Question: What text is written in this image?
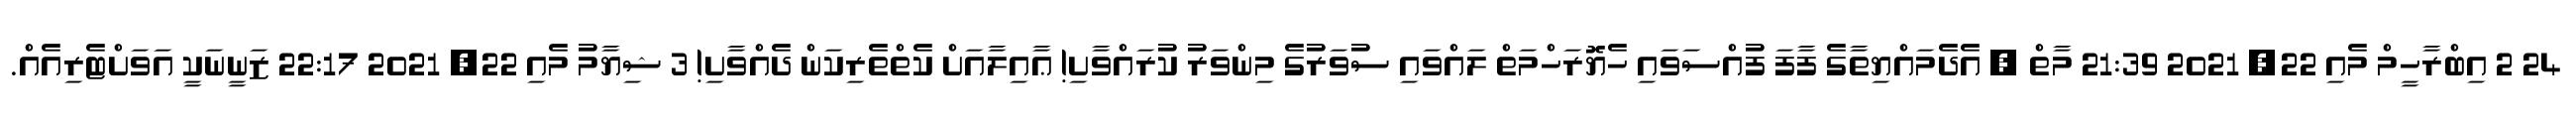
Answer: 24 2 އިބްރާހީމް މެއި 22, 2021 21:39 މާތް , އެދެމައްޔިތާގެ ފާފަ ފުއްސަވައި ހެޔޮރަހްމަތް ލައްވައި ސުވަރުގެ މިންވަރު ކުރައްވާށި! ޢާއިލާއަށް ކެތްތެރިކަން ދެއްވާށި! 3 ޝިޔާމު މެއި 22, 2021 22:17 ޒަނީނަކީ އަވަށްޓެރިއެއް.